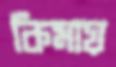
কিমায়